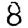
Digit: 8